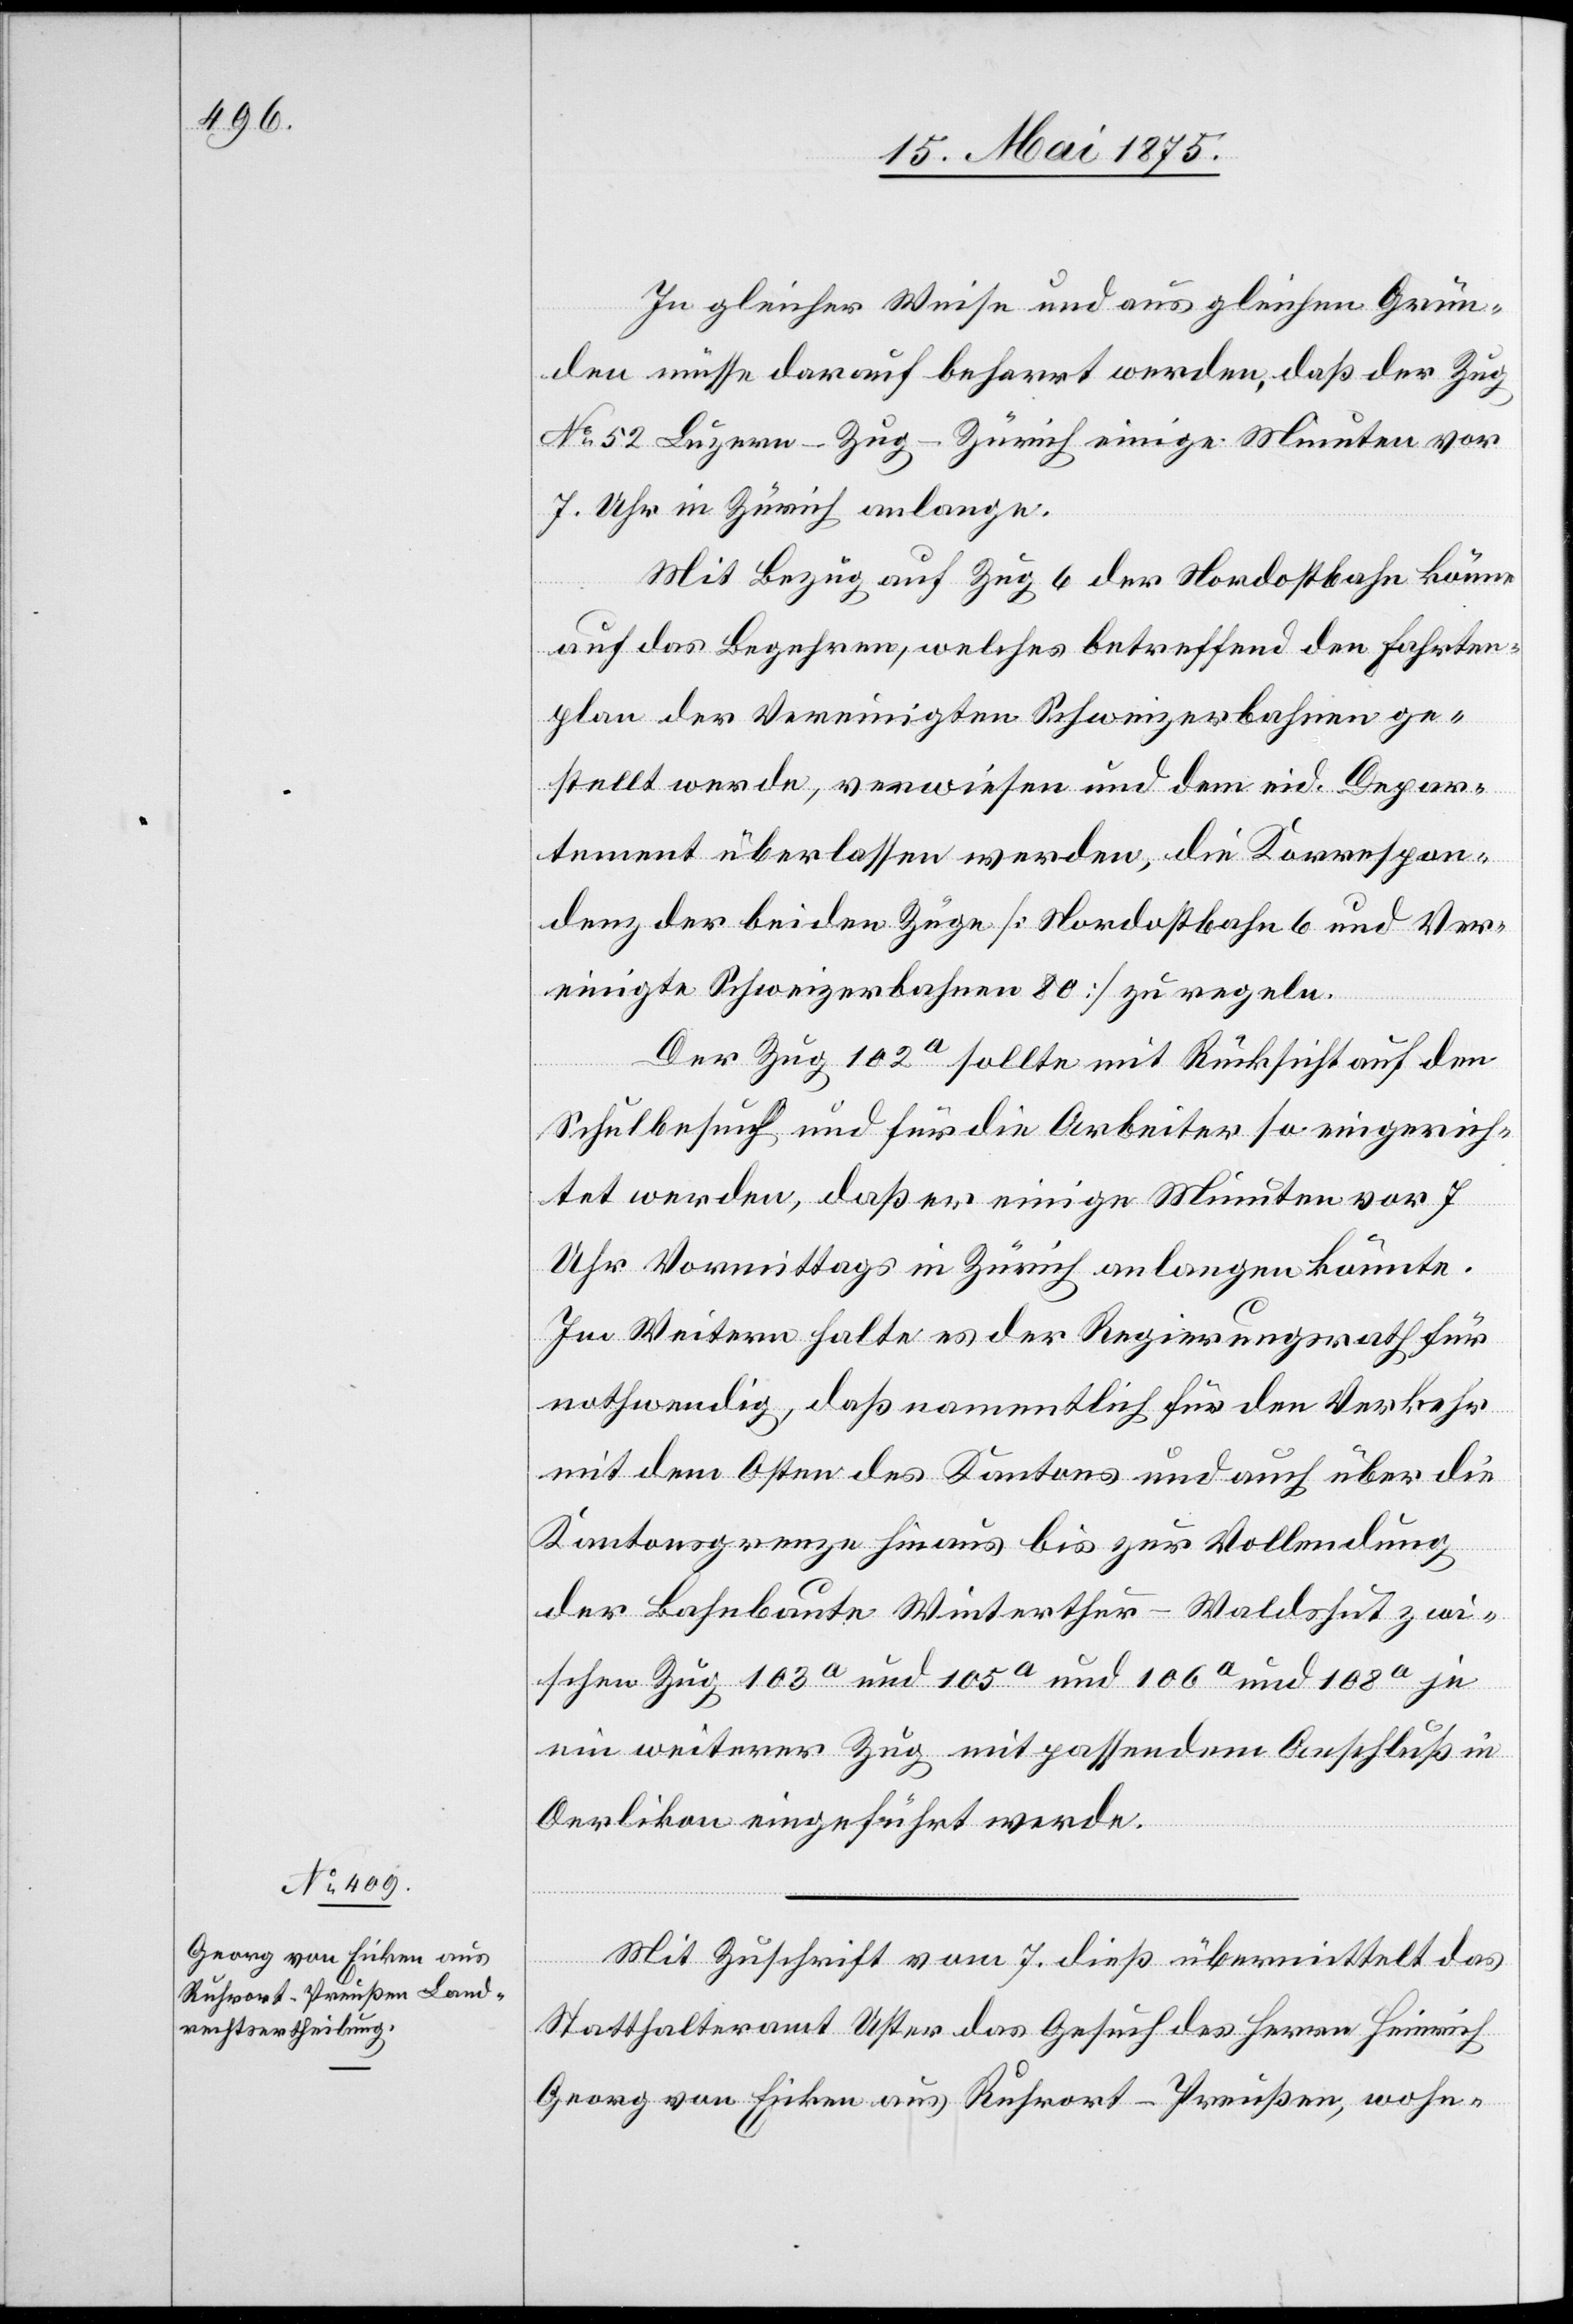
In gleicher Weise und aus gleichen Grün¬
den müsse darauf beharrt werden, daß der Zug
No 52 Luzern–Zug–Zürich einige Minuten vor
7. Uhr in Zürich anlange.
Mit Bezug auf Zug 6 der Nordostbahn könne
auf das Begehren, welches betreffend den Fahrten¬
plan der Vereinigten Schweizerbahnen ge¬
stellt werde, verwiesen und dem eid. Depar¬
tement überlassen werden, die Korrespon¬
denz der beiden Züge [Nordostbahn 6 und Ver¬
einigte Schweizerbahnen 80] zu regeln.
Der Zug 102a sollte mit Rücksicht auf den
Schulbesuch und für die Arbeiter so eingerich¬
tet werden, daß er einige Minuten vor 7.
Uhr Vormittags in Zürich anlangen könnte.
Im Weitern halte es der Regierungsrath für
nothwendig, daß namentlich für den Verkehr
mit dem Osten des Kantons und auch über die
Kantonsgrenze hinaus bis zur Vollendung
der Bahnbaute Winterthur–Waldshut zwi¬
schen Zug 103a und 105a und 106a und 108a je
ein weiterer Zug mit passendem Anschluß in
Oerlikon eingeführt werde.
Mit Zuschrift vom 7. dieß übermittelt das
Statthalteramt Uster das Gesuch des Herrn Heinrich
Georg von Eiken aus Ruhrort - Preußen, wohn-